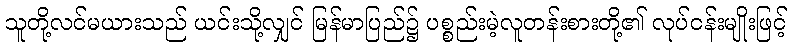
သူတို့လင်မယားသည် ယင်းသို့လျှင် မြန်မာပြည်၌ ပစ္စည်းမဲ့လူတန်းစားတို့၏ လုပ်ငန်းမျိုးဖြင့်